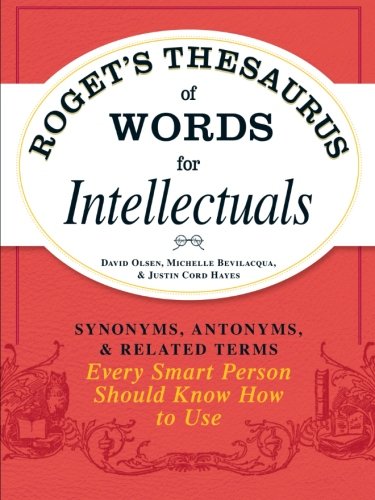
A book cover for Roget's Thesaurus of Words for Intellectuals: Synonyms, Antonyms, and Related Terms Every Smart Person Should Know How to Use; David Olsen; Reference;